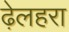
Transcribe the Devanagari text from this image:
ढ़ेलहरा